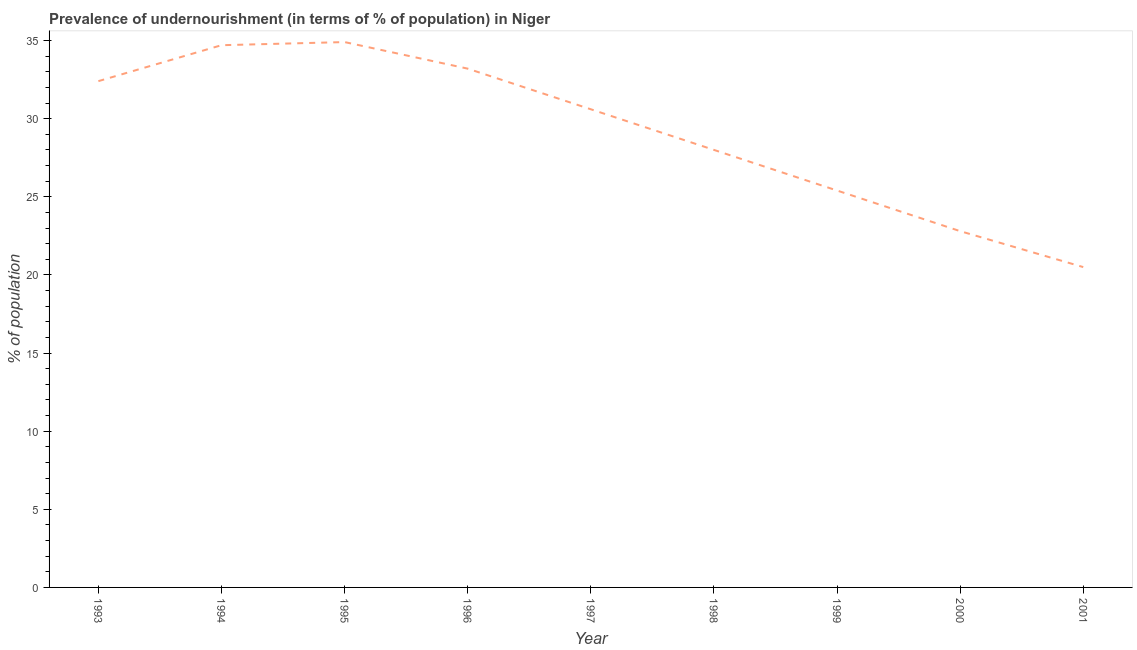
| Year | Prevalence of undernourishment |
 | --- | --- |
 | 1993 | 32.4 |
 | 1994 | 34.7 |
 | 1995 | 34.9 |
 | 1996 | 33.2 |
 | 1997 | 30.6 |
 | 1998 | 28 |
 | 1999 | 25.4 |
 | 2000 | 22.8 |
 | 2001 | 20.5 |